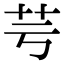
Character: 芌